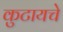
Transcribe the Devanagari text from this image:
कुटायचे